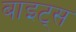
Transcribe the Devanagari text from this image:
बाइट्‌स